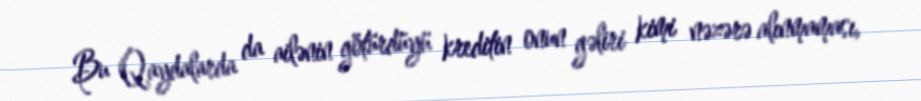
Bu Qaydalarda da ailənin götürdüyü kreditin onun gəliri kimi nəzərə alınmaması,